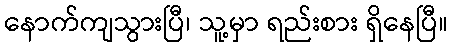
နောက်ကျသွားပြီ၊ သူ့မှာ ရည်းစား ရှိနေပြီ။